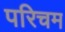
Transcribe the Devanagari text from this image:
परिचम